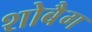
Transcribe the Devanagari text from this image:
शोबैग